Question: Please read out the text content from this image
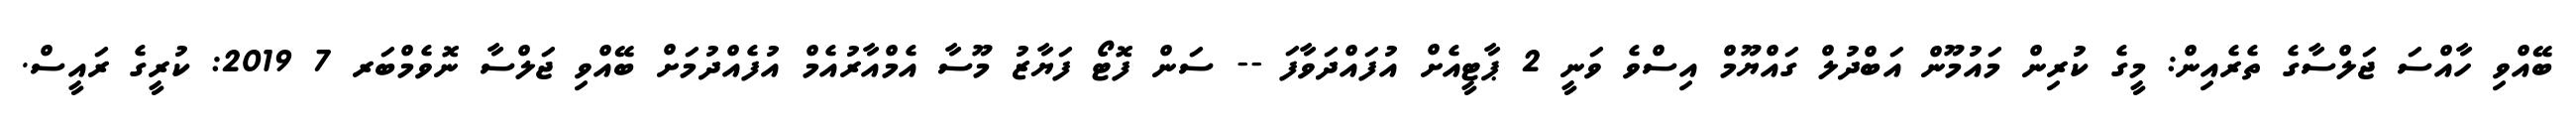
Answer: ބޭއްވި ހާއްސަ ޖަލްސާގެ ތެރެއިން: މީގެ ކުރިން މައުމޫން އަބްދުލް ގައްޔޫމް އިސްވެ ވަނީ 2 ޕާޓީއެށް އުފައްދަވާފަ -- ސަން ފޮޓޯ ފަޔާޒު މޫސާ އެމްއާރުއެމް އުފެއްދުމަށް ބޭއްވި ޖަލްސާ ނޮވެމްބަރ 7 2019: ކުރީގެ ރައީސް.